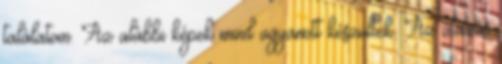
találatom. Az alábbi képek mind ugyanott készültek. Az utazás